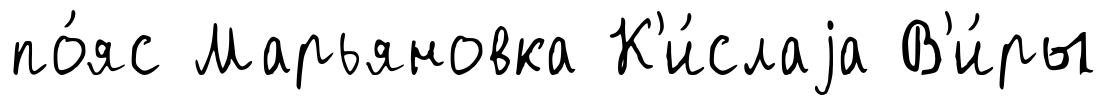
по́яс Марьяновка К'и́слаjа В'и́ры